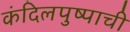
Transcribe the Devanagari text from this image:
कंदिलपुष्पाची